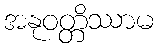
အနုဝတ္တိဿာမ